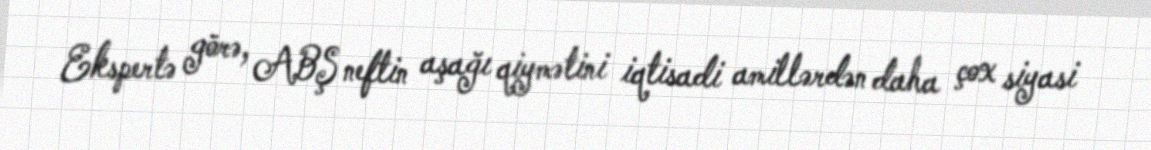
Ekspertə görə, ABŞ neftin aşağı qiymətini iqtisadi amillərdən daha çox siyasi